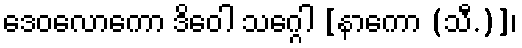
ဒေဝလောကော ဒိဝေါ သဂ္ဂေါ [နာကော (သီ.)]၊